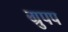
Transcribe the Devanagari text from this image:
ग्रुपप